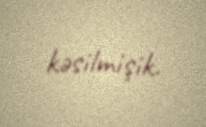
kəsilmişik.